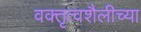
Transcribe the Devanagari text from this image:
वक्तृत्वशैलीच्या